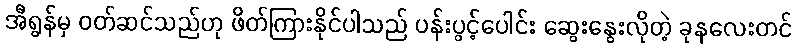
အီရွန်မှ ဝတ်ဆင်သည်ဟု ဖိတ်ကြားနိုင်ပါသည် ပန်းပွင့်ပေါင်း ဆွေးနွေးလိုတဲ့ ခုနလေးတင်